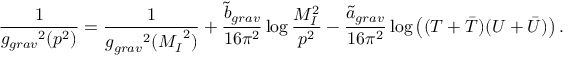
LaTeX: { \frac { 1 } { { g _ { g r a v } } ^ { 2 } ( p ^ { 2 } ) } } = { \frac { 1 } { { g _ { g r a v } } ^ { 2 } ( { M _ { I } } ^ { 2 } ) } } + { \frac { { \tilde { b } } _ { g r a v } } { 1 6 \pi ^ { 2 } } } \log { \frac { M _ { I } ^ { 2 } } { p ^ { 2 } } } - \frac { { \tilde { a } } _ { g r a v } } { 1 6 \pi ^ { 2 } } \log \left( ( T + { \bar { T } } ) ( U + { \bar { U } } ) \right) .